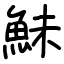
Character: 鮇